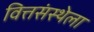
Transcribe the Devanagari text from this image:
वित्तसंस्थेला